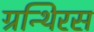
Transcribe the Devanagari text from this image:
ग्रन्थिरस